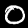
Digit: 0